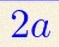
2a